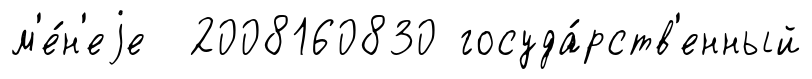
м'е́н'еjе 2008160830 госуда́рств'енный